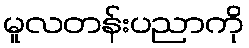
မူလတန်းပညာကို